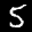
Label: 5